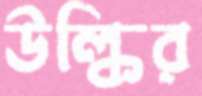
উল্কির